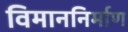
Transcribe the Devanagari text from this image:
विमाननिर्माण